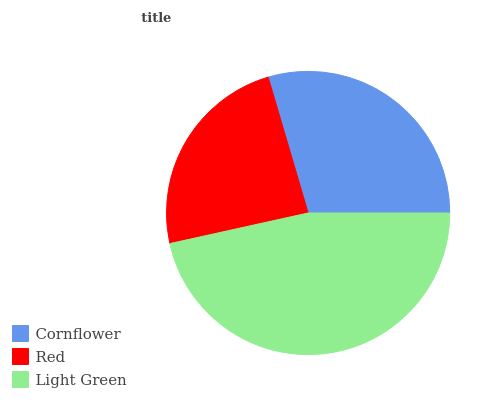
| Cornflower | Red | Light Green |
 | --- | --- | --- |
 | 29.6% | 23.9% | 46.5% |